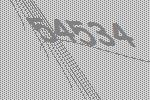
54534